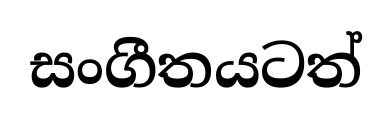
සංගීතයටත්